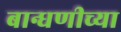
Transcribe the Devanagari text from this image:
बान्धणीच्या